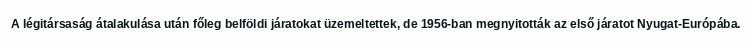
A légitársaság átalakulása után főleg belföldi járatokat üzemeltettek, de 1956-ban megnyitották az első járatot Nyugat-Európába.